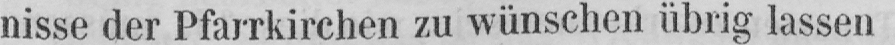
nisse der Pfarrkirchen zu wünschen übrig lassen